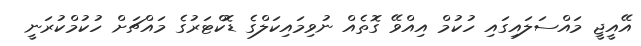
އޭއީޖީ މައްސަލައިގައި ހުކުމް އިއްވޭ ގޮތެއް ނުވިމައިކަލްގެ ޑޮކްޓަރުގެ މައްޗަށް ހުކުމްކުރަނީ